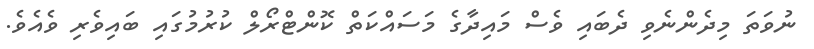
ނުވަތަ މިދެންނެވި ދެބައި ވެސް މައިދާގެ މަސައްކަތް ކޮންޓްރޯލް ކުރުމުގައި ބައިވެރި ވެއެވެ.